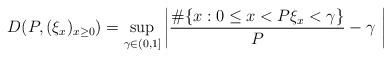
\begin{align*}D(P,(\xi_{x})_{x\geq 0})= \sup_{\gamma \in (0,1]} \left| \frac{\#\{ x : 0\leq x<P \xi_x< \gamma\}}{P} - \gamma \ \right| \end{align*}